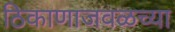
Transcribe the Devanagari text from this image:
ठिकाणाजवळच्या